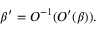
\beta ^ { \prime } = O ^ { - 1 } ( O ^ { \prime } ( \beta ) ) .